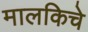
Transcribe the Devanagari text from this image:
मालकिचे